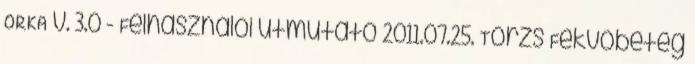
ORKA v. 3.0 - Felhasználói útmutató 2011.07.25. Törzs Fekvőbeteg